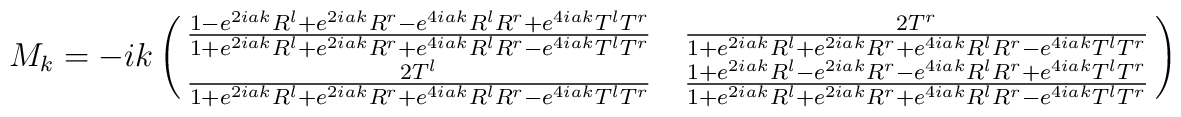
M_k=  -i k \pmatrix{ { 1 - e^{2iak} R^l +  e^{2iak} R^r -  e^{4iak} R^l R^r + e^{4iak} T^l T^r\over 1 + e^{2iak} R^l +  e^{2iak} R^r +  e^{4iak} R^l R^r - e^{4iak} T^l T^r}& {2 T^r\over 1 + e^{2iak} R^l +  e^{2iak} R^r +  e^{4iak} R^l R^r - e^{4iak} T^l T^r}\cr {2 T^l\over 1 + e^{2iak} R^l +  e^{2iak} R^r +  e^{4iak} R^l R^r - e^{4iak} T^l T^r}&{ 1 + e^{2iak} R^l -  e^{2iak} R^r -  e^{4iak} R^l R^r + e^{4iak} T^l T^r\over 1 + e^{2iak} R^l +  e^{2iak} R^r +  e^{4iak} R^l R^r - e^{4iak} T^l T^r}}